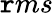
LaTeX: \mathtt{r}ms